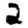
Digit: 2